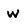
Character: w